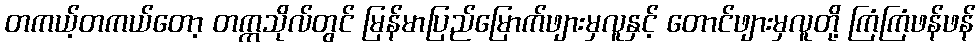
တကယ့်တကယ်တော့ တက္ကသိုလ်တွင် မြန်မာပြည်မြောက်ဖျားမှလူနှင့် တောင်ဖျားမှလူတို့ ကြံကြံဖန်ဖန်